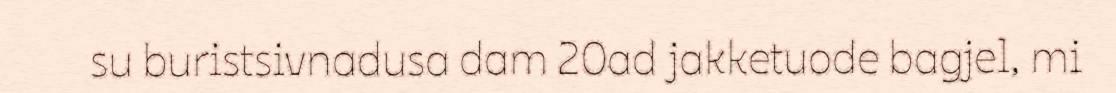
su buristsivnadusa dam 20ad jakketuode bagjel, mi